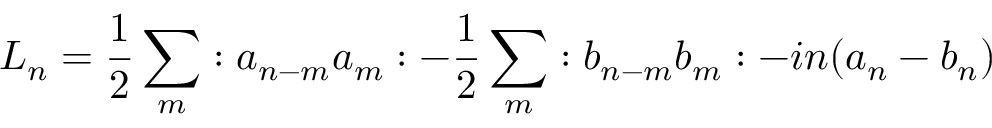
L _ { n } = { \frac 1 2 } \sum _ { m } : a _ { n - m } a _ { m } : - { \frac 1 2 } \sum _ { m } : b _ { n - m } b _ { m } : - i n ( a _ { n } - b _ { n } )